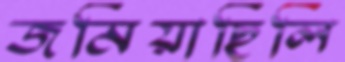
জমিয়াছিলি